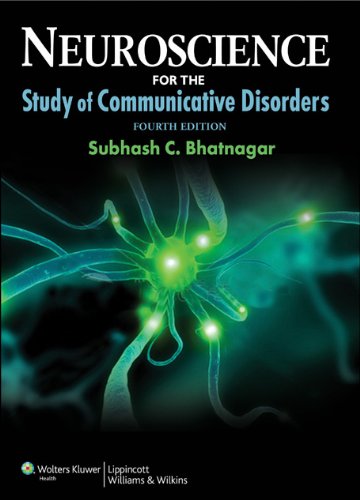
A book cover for Neuroscience for the Study of Communicative Disorders (Point (Lippincott Williams & Wilkins)); Subhash C. Bhatnagar PhD; Medical Books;